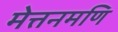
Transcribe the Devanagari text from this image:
मेत्तनमणि